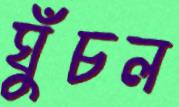
ঘুঁচল